Madras plague regulations and rules - Volume 2
Disease focus: Plague
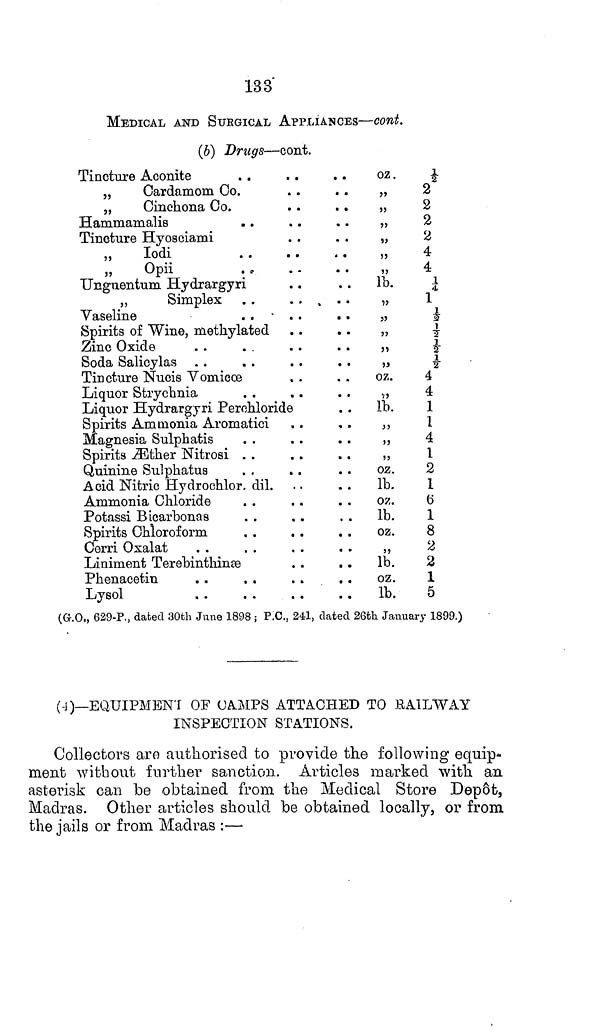
133
MEDICAL AND SURGICAL APPLIANCES—cont.
(6) Drugs—cont.
Tincture Aconite
„
Cardamom Co.
„
Cinchona Co.
Hammamalis
Tincture Hyosciami
,,
Iodi
„
Opii
. .
Unguentum Hydrargyri
„
Simplex . .
.....
Vaseline
. . • . .
. .
Spirits of Wine, methylated
Zinc Oxide
Soda Salicylas
Tincture Nucis Vomicoe
Liquor Strychnia
Liquor Hydrargyri Perchloride
Spirits Ammonia Aromatici
Magnesia Sulphatis
Spirits Æther Nitrosi
Quinine Sulphatus
Acid Nitric Hydrochlor, dil.
Ammonia Chloride
Potassi Bicarhonas
Spirits Chloroform
Cerri Oxalat
Liniment Terebinthinse
Phenacetin
Lysol
oz.
½
2
2
2
2
4
4
lb.
¼
1
*
" ½
"
½
"
½
oz.
4
4
lb.
1
" 1
4
" 1
oz.
2
lb.
1
oz.
6
lb.
1
oz.
8
" 2
lb.
2
oz.
1
lb.
5
(G.O., 629-P., dated 30th June 1898; P.C., 241, dated 26th January 1899.)
(4)—EQUIPMENT OF CAMPS ATTACHED TO RAILWAY
INSPECTION STATIONS.
Collectors are authorised to provide the following equip-
ment without further sanction. Articles marked with an
asterisk can be obtained from the Medical Store Depôt,
Madras. Other articles should be obtained locally, or from
the jails or from Madras :—